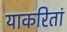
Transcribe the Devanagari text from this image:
याकरितां